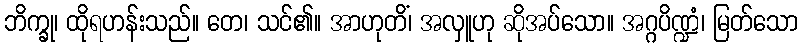
ဘိက္ခု၊ ထိုရဟန်းသည်။ တေ၊ သင်၏။ အာဟုတိံ၊ အလှူဟု ဆိုအပ်သော။ အဂ္ဂပိဏ္ဍံ၊ မြတ်သော